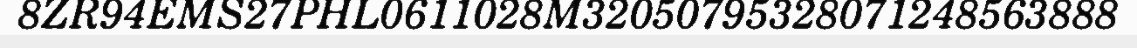
8ZR94EMS27PHL0611028M32050795328071248563888